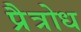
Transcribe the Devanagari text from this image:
प्रैत्रोध